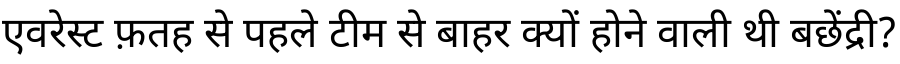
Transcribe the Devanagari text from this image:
एवरेस्ट फ़तह से पहले टीम से बाहर क्यों होने वाली थी बछेंद्री?